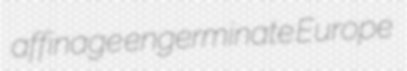
affinage engerminate Europe